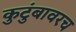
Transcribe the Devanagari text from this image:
कुटुंबावरच